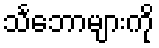
သင်္ဘောများကို